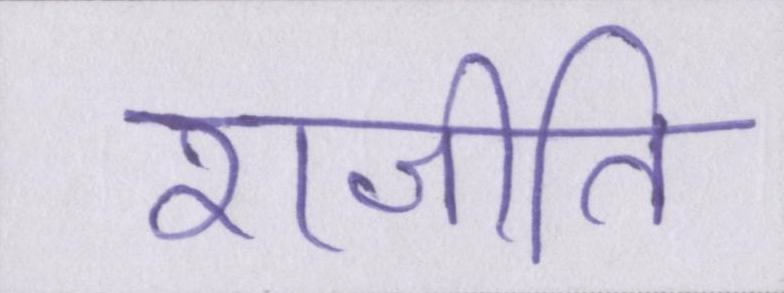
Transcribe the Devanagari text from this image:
राजीति